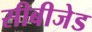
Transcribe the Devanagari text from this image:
सीबीजेड